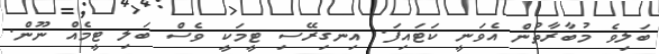
ބަލިވެ މުބާރާތުން އެވަނީ ކަޓައިފަ. އިނގިރޭސި ޓީމަކީ ވެސް ބަލި ޓީމެއް ނޫން.